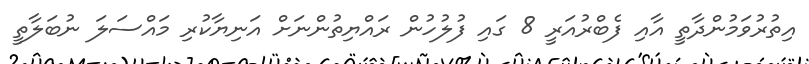
އިތުރުވަމުންދާތީ އާއި ފެބްރުއަރީ 8 ގައި ފުލުހުން ރައްޔިތުންނަށް އަނިޔާކުރި މައްސަލަ ނުބަލާތީ